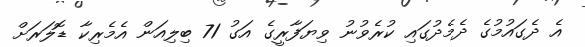
އެ ދެގައުމުގެ ދެމެދުގައި ކުރެވުނު ވިޔަފާރީގެ އަގު 71 ބިލިއަން އެމެރިކާ ޑޮލަރަށް